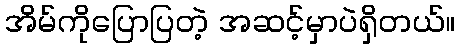
အိမ်ကိုပြောပြတဲ့ အဆင့်မှာပဲရှိတယ်။